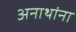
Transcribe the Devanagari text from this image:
अनाथांना